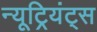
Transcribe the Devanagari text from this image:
न्यूट्रियंट्स